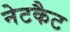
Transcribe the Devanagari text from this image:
नेटकैट